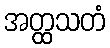
အတ္ထသတံ